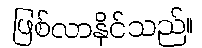
ဖြစ်လာနိုင်သည်။